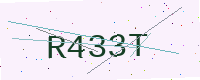
Text: R433T